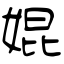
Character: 婫